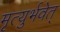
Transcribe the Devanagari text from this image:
मृत्युर्भवेत्